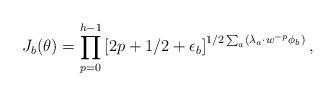
LaTeX: \begin{align*}J_{b}(\theta)=\prod_{p=0}^{h-1} \left[ 2p+1/2+\epsilon_{b}\right]^{1/2 \sum_{a} (\lambda_a \cdot w^{-p} \phi_b)},\end{align*}